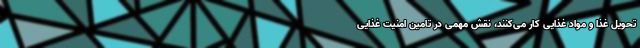
تحویل غذا و مواد غذایی کار می‌کنند، نقش مهمی در تامین امنیت غذایی